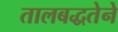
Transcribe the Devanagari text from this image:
तालबद्धतेने